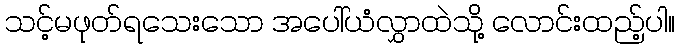
သင့်မဖုတ်ရသေးသော အပေါ်ယံလွှာထဲသို့ လောင်းထည့်ပါ။